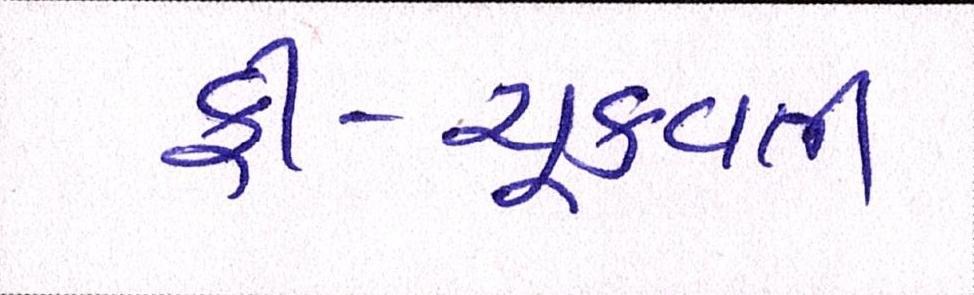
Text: ફી-ચૂકવતી